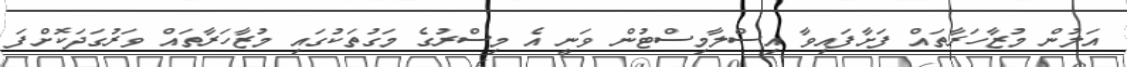
އަލުން މުޒާހަރާތައް ފަށާފައިވާ އިސްލާމިސްޓުން ވަނީ އެ މިސްރުގެ މަގުތަކުގައި މުޒާހަރާތައް ވަރުގަދަކޮށްފަ